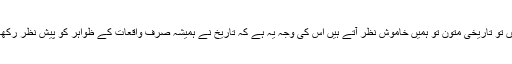
جب ہم اس حوالے سے اس واقعہ کا جائزہ لینا چاہتے ہیں تو تاریخی متون تو ہمیں خاموش نظر آتے ہیں اس کی وجہ یہ ہے کہ تاریخ نے ہمیشہ صرف واقعات کے ظواہر کو پیش نظر رکھا اور پشت پردہ عوامل کو کریدنے کی کوشش نہیں کی۔